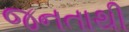
જનતાથી